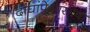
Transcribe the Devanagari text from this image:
दोघांपेक्षासोपा